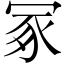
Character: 冢